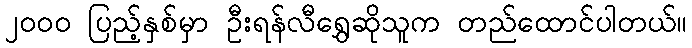
၂၀၀၀ ပြည့်နှစ်မှာ ဦးရန်လီရွှေဆိုသူက တည်ထောင်ပါတယ်။